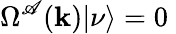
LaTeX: \Omega^{\mathscr{A}}({\mathbf{{k}}})|\nu\rangle=0\;